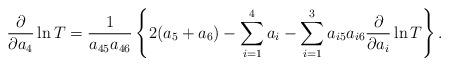
LaTeX: \begin{align*}{\partial \over \partial a_4 } \ln T = { 1\over a_{45}a_{46} } \left\{2 (a_5+ a_6) - \sum_{i=1}^4 a_i - \sum_{i=1}^3 a_{i5}a_{i6} {\partial \over \partial a_i } \ln T \right\} .\end{align*}